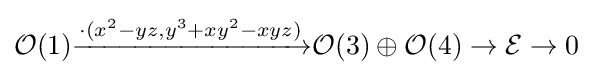
{\mathcal {O}}(1){\xrightarrow {\cdot (x^{2}-yz,y^{3}+xy^{2}-xyz)}}{\mathcal {O}}(3)\oplus {\mathcal {O}}(4)\to {\mathcal {E}}\to 0